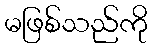
မဖြစ်သည်ကို